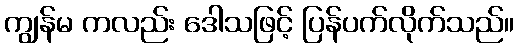
ကျွန်မ ကလည်း ဒေါသဖြင့် ပြန်ပက်လိုက်သည်။